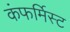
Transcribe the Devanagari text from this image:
कंफर्मिस्ट